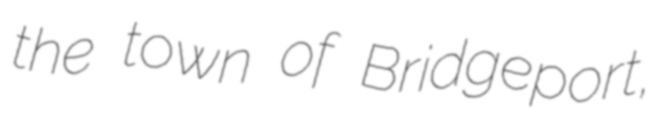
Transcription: the town of Bridgeport,